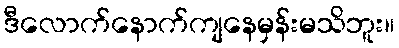
ဒီလောက်နောက်ကျနေမှန်းမသိဘူး။